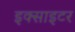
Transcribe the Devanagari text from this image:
इक्साइटर